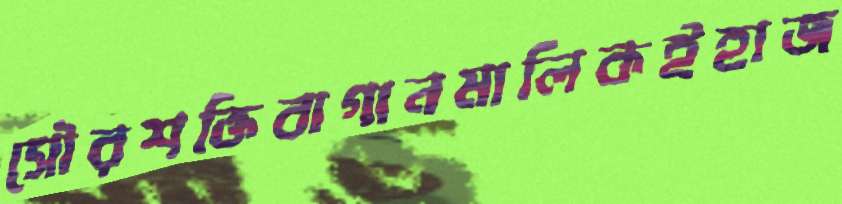
সৌরশক্তিবাগানমালিকইহাজ